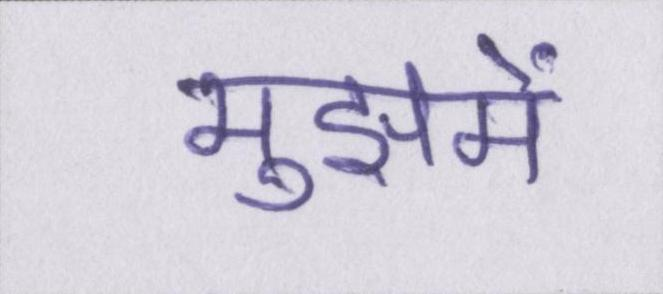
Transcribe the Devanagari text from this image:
मुझमें